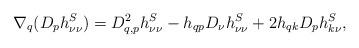
LaTeX: \begin{align*}\nabla_q (D_p h^S_{\nu \nu} )=D^2_{q,p} h^S_{\nu \nu} - h_{qp} D_\nu h^S_{\nu \nu} +2h_{qk} D_p h^S_{k \nu} ,\end{align*}